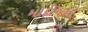
મોદીજનો